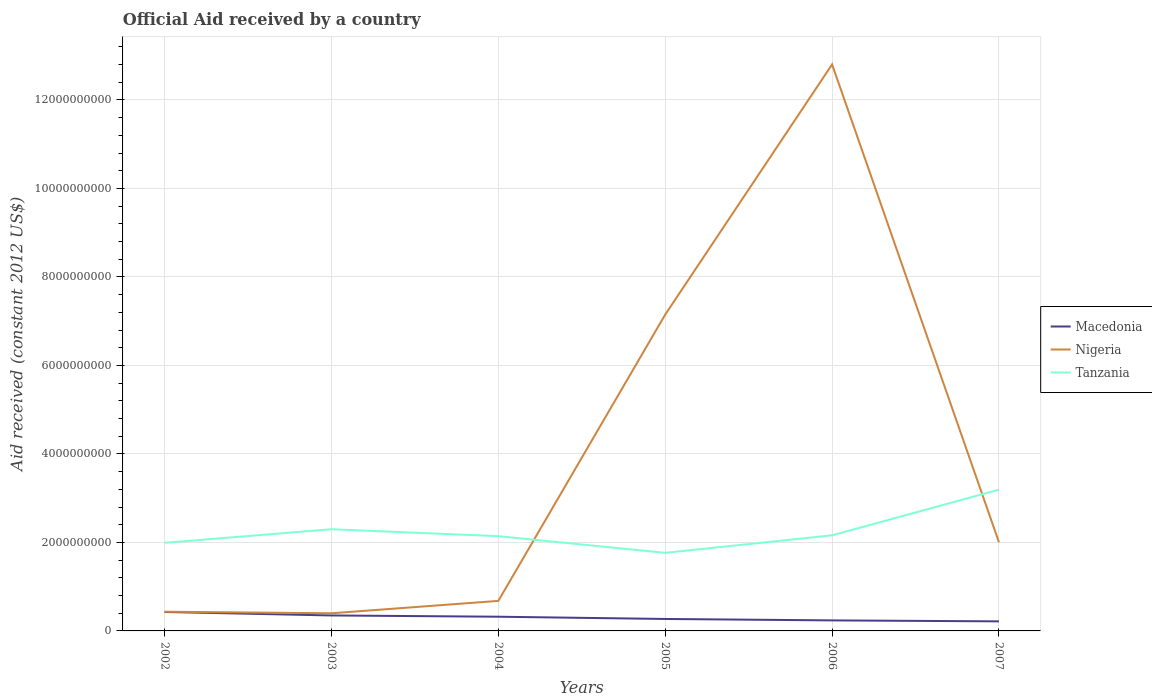
| Years | Macedonia | Nigeria | Tanzania |
 | --- | --- | --- | --- |
 | 2002 | 4.28e+08 | 4.34e+08 | 1.99e+09 |
 | 2003 | 3.5e+08 | 3.99e+08 | 2.3e+09 |
 | 2004 | 3.21e+08 | 6.79e+08 | 2.14e+09 |
 | 2005 | 2.7e+08 | 7.15e+09 | 1.77e+09 |
 | 2006 | 2.38e+08 | 1.28e+10 | 2.16e+09 |
 | 2007 | 2.16e+08 | 2e+09 | 3.19e+09 |